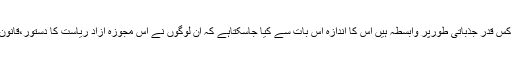
کاساکاڈا کے لوگ اپنی مستقبل کی امریکہ سے آزا ریاست سے کس قدر جذباتی طورپر وابسطہ ہیں اس کا اندازہ اس بات سے کیا جاسکتاہے کہ ان لوگوں نے اس مجوزہ آزاد ریاست کا دستور،قانون،داخلہ و خارجہ پالیسی اور ڈاک ٹکٹیں تک مدون کررکھی ہیں ۔